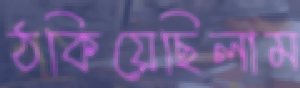
ঠকিয়েছিলাম